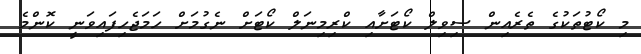
މި ކޯޓުތަކުގެ ތެރެއިން ސިވިލް ކޯޓަށާއި ކްރިމިނަލް ކޯޓަށް ނެގުމަށް ހަމަޖެހިފައިވަނީ ކޮންމެ